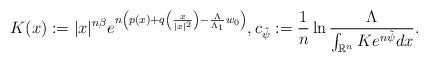
LaTeX: \begin{align*}K(x):=|x|^{n\beta}e^{n\left(p(x)+q\left(\frac{x}{|x|^2}\right)-\frac{\Lambda}{\Lambda_1}w_0\right)}, c_{\tilde{\psi}}:=\frac{1}{n}\ln \frac{\Lambda}{\int_{\mathbb{R}^n}Ke^{n\tilde{\psi}}dx}.\end{align*}